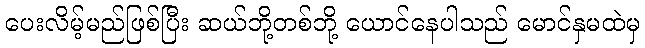
ပေးလိမ့်မည်ဖြစ်ပြီး ဆယ်ဘို့တစ်ဘို့ ယောင်နေပါသည် မောင်နှမထဲမှ